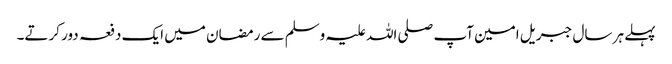
پہلے ہر سال جبریل امین آپ صلی اللہ علیہ وسلم سے رمضان میں ایک دفعہ دور کرتے۔